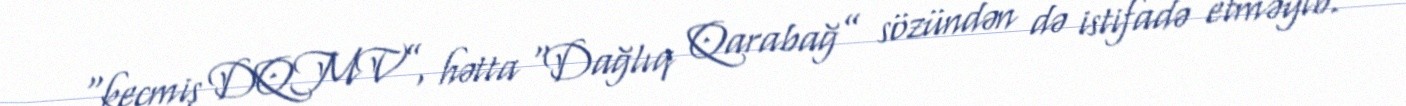
“keçmiş DQMV”, hətta “Dağlıq Qarabağ” sözündən də istifadə etməyib.